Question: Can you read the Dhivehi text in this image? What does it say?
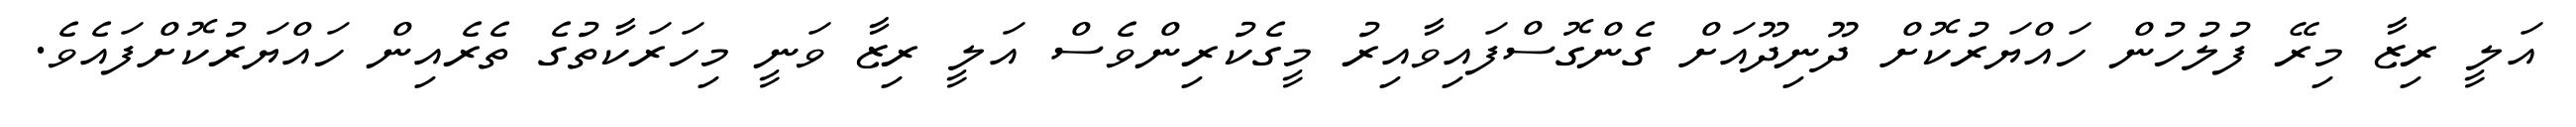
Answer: އަލީ ރިޒާ މިރޭ ފުލުހުން ހައްޔަރުކޮށް ދޫނިދޫއަށް ގެންގޮސްފައިވާއިރު މީގެކުރިންވެސް އަލީ ރިޒާ ވަނީ މިހަރަކާތުގެ ތެރެއިން ހައްޔަރުކޮށްފައެވެ.